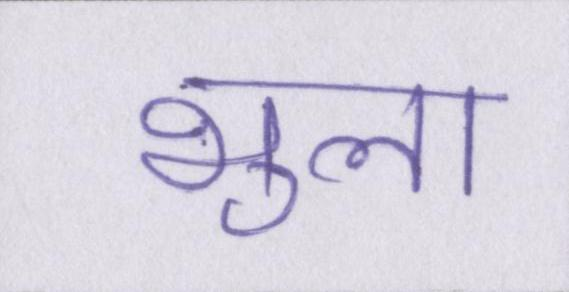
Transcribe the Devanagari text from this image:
भुला